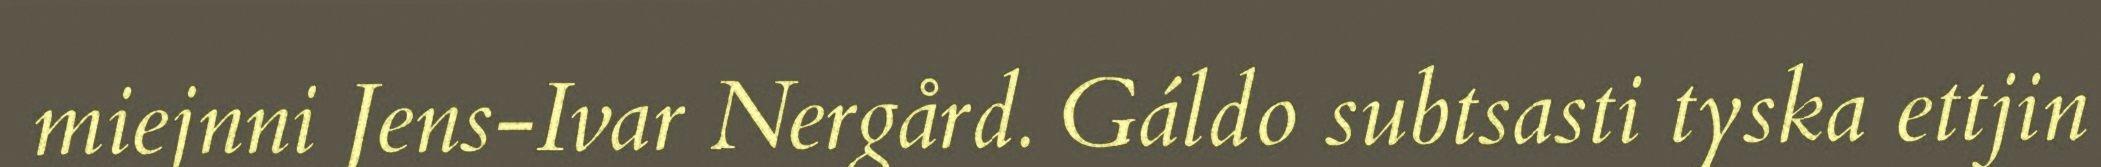
miejnni Jens-Ivar Nergård. Gáldo subtsasti tyska ettjin